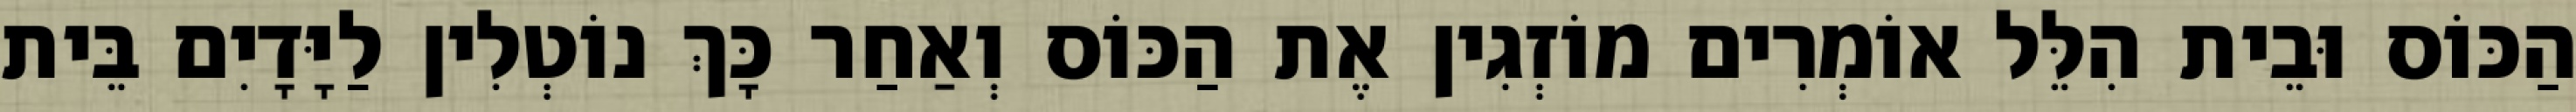
הַכּוֹס וּבֵית הִלֵּל אוֹמְרִים מוֹזְגִין אֶת הַכּוֹס וְאַחַר כָּךְ נוֹטְלִין לַיָּדָיִם בֵּית